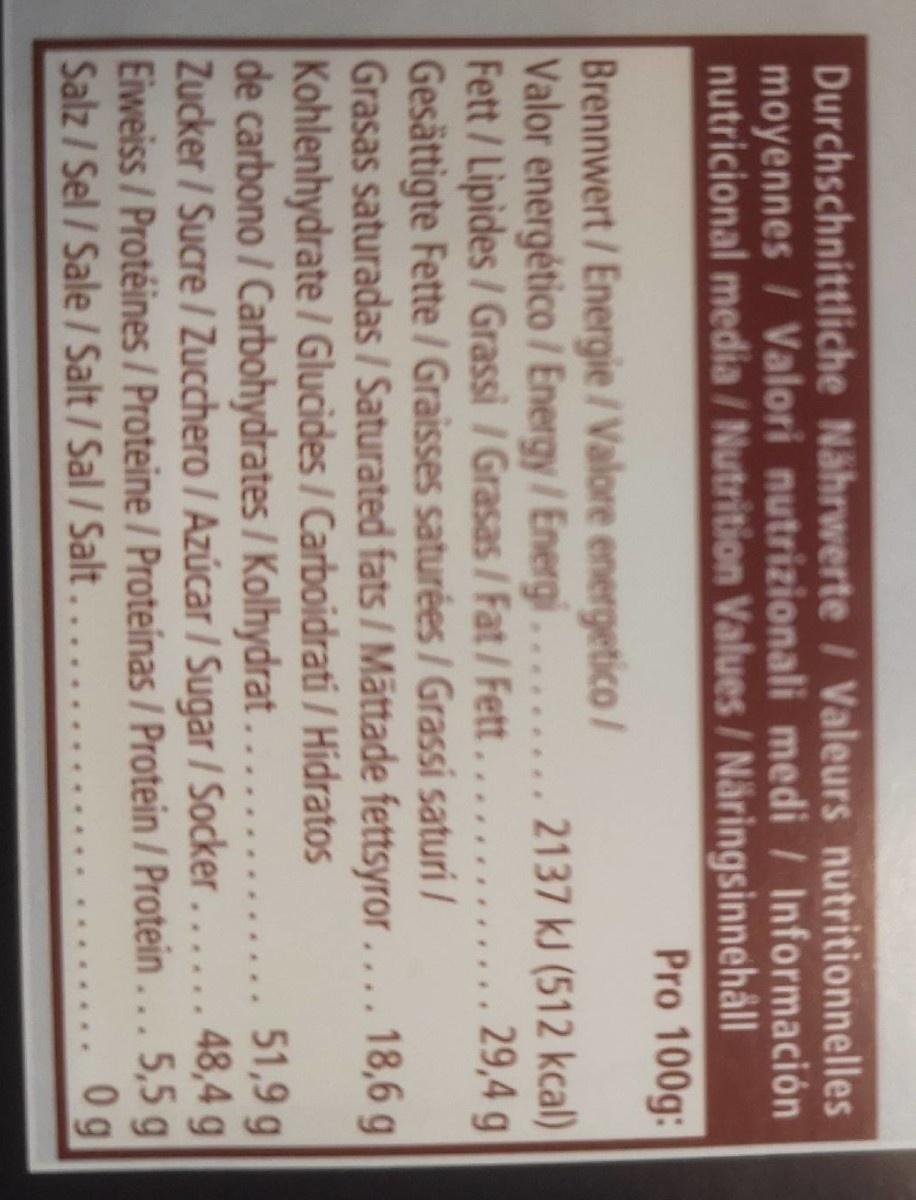
Durchschnittliche Nährwerte / Valeurs nutritionnelles moyennes / Valori nutrizionali medi / Información nutricional media / Nutrition Values / Näringsinnehåll Pro 100g:
Brennwert/Energie / Valore energetico/ Valor energético / Energy/Energi......... 2137 kJ (512 kcal) Fett/Lipides/Grassi / Grasas / Fat / Fett...... Gesättigte Fette / Graisses saturées / Grassi saturi / Grasas saturadas / Saturated fats / Mättade fettsyror.... 18,6 g Kohlenhydrate / Glucides/Carboidrati / Hidratos de carbono / Carbohydrates / Kolhydrat ..... Zucker/Sucre/Zucchero / Azúcar / Sugar / Socker...... 48,4 g Eiweiss/Protéines / Proteine / Proteínas / Protein / Protein... 5,5 g Salz/Sel /Sale / Salt/Sal /Salt....
29,4 g
51,9 g
0g